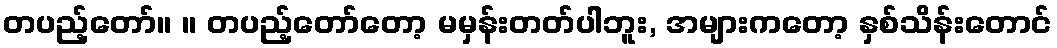
တပည့်တော်။ ။ တပည့်တော်တော့ မမှန်းတတ်ပါဘူး, အများကတော့ နှစ်သိန်းတောင်